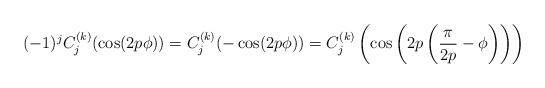
LaTeX: \begin{align*}(-1)^jC_{j}^{(k)}(\cos(2p\phi)) = C_j^{(k)}(-\cos(2p\phi)) = C_j^{(k)}\left(\cos\left(2p\left(\frac{\pi}{2p} - \phi\right)\right)\right)\end{align*}